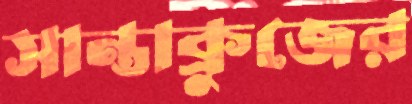
সান্তাক্রুজের